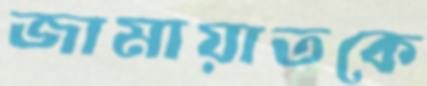
জামায়াতকে